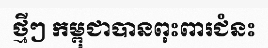
ថ្មីៗ កម្ពុជាបានពុះពារជំនះ